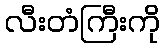
လီးတံကြီးကို